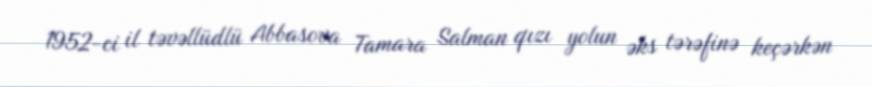
1952-ci il təvəllüdlü Abbasova Tamara Salman qızı yolun əks tərəfinə keçərkən